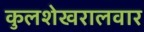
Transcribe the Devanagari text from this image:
कुलशेखरालवार